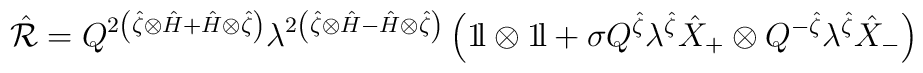
\hat{\cal R} = Q^{2 \left( \hat{\zeta} \otimes \hat{H} + \hat{H}\otimes \hat{\zeta} \right)} \lambda ^{2 \left( \hat{\zeta} \otimes\hat{H} - \hat{H} \otimes \hat{\zeta} \right)} \left( 1\!{\rm l} \otimes1\!{\rm l} + \sigma Q^{\hat{\zeta}} \lambda ^{\hat{\zeta}} \hat{X}_+\otimes Q^{-\hat{\zeta}} \lambda ^{\hat{\zeta}} \hat{X}_- \right)